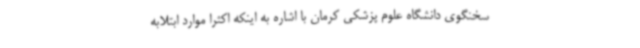
سخنگوی دانشگاه علوم پزشکی کرمان با اشاره به اینکه اکثرا موارد ابتلابه